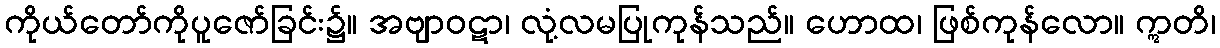
ကိုယ်တော်ကိုပူဇော်ခြင်း၌။ အဗျာဝဋာ၊ လုံ့လမပြုကုန်သည်။ ဟောထ၊ ဖြစ်ကုန်လော။ ဣတိ၊